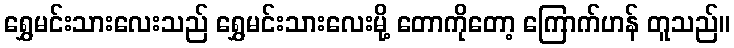
ရွှေမင်းသားလေးသည် ရွှေမင်းသားလေးမို့ တောကိုတော့ ကြောက်ဟန် တူသည်။